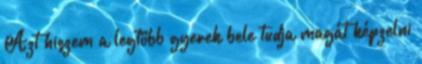
Azt hiszem a legtöbb gyerek bele tudja magát képzelni